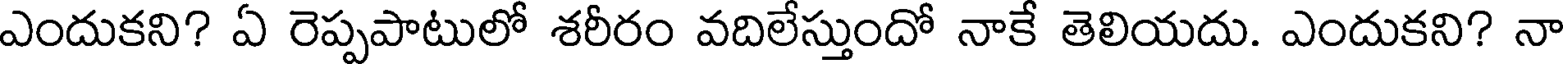
ఎందుకని? ఏ రెప్పపాటులో శరీరం వదిలేస్తుందో నాకే తెలియదు. ఎందుకని? నా